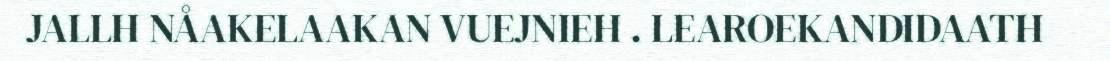
JALLH NÅAKELAAKAN VUEJNIEH . LEAROEKANDIDAATH